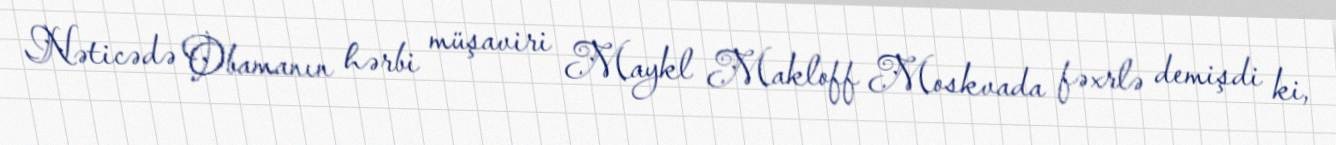
Nəticədə Obamanın hərbi müşaviri Maykl Makloff Moskvada fəxrlə demişdi ki,